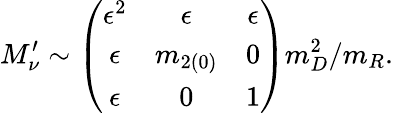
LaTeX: M_{\nu}^{\prime}\sim\left(\begin{array}{ccc}{{\epsilon^{2}}}&{{\epsilon}}&{{\epsilon}}\\ {{\epsilon}}&{{m_{2(0)}}}&{{0}}\\ {{\epsilon}}&{{0}}&{{1}}\end{array}\right)m_{D}^{2}/m_{R}.